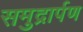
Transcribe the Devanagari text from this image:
समुद्रार्पण